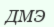
ДМЭ